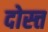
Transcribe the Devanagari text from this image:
दोस्त्त